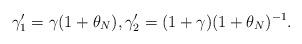
LaTeX: \begin{align*}\gamma'_1=\gamma(1+\theta_N),\gamma'_2=(1+\gamma)(1+\theta_N)^{-1}.\end{align*}